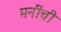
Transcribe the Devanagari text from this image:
मनींची